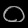
Digit: ၀